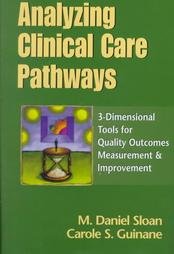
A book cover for Analyzing Clinical Care Pathways: 3-Dimensional Tools for Quality Outcomes Measurement & Improvement (Book with Diskette for Windows); Carole S. Guinane; Medical Books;